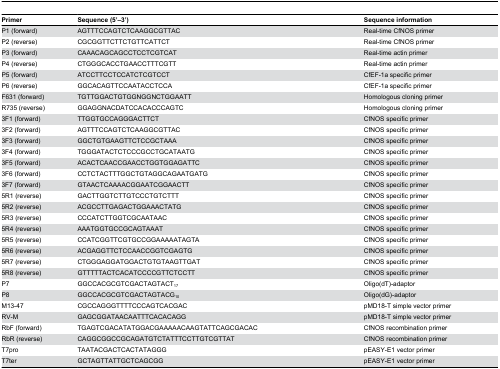
<table><thead><tr><td><b>Primer</b></td><td><b>Sequence (5’–3’)</b></td><td><b>Sequence information</b></td></tr></thead><tbody><tr><td>P1 (forward)</td><td>AGTTTCCAGTCTCAAGGCGTTAC</td><td>Real-time CfNOS primer</td></tr><tr><td>P2 (reverse)</td><td>CGCGGTTCTTCTGTTCATTCT</td><td>Real-time CfNOS primer</td></tr><tr><td>P3 (forward)</td><td>CAAACAGCAGCCTCCTCGTCAT</td><td>Real-time actin primer</td></tr><tr><td>P4 (reverse)</td><td>CTGGGCACCTGAACCTTTCGTT</td><td>Real-time actin primer</td></tr><tr><td>P5 (forward)</td><td>ATCCTTCCTCCATCTCGTCCT</td><td>CfEF-1a specific primer</td></tr><tr><td>P6 (reverse)</td><td>GGCACAGTTCCAATACCTCCA</td><td>CfEF-1a specific primer</td></tr><tr><td>F631 (forward)</td><td>TGTTGGACTGTGGNGGNCTGGAATT</td><td>Homologous cloning primer</td></tr><tr><td>R735 (reverse)</td><td>GGAGGNACDATCCACACCCAGTC</td><td>Homologous cloning primer</td></tr><tr><td>3F1 (forward)</td><td>TTGGTGCCAGGGACTTCT</td><td>CfNOS specific primer</td></tr><tr><td>3F2 (forward)</td><td>AGTTTCCAGTCTCAAGGCGTTAC</td><td>CfNOS specific primer</td></tr><tr><td>3F3 (forward)</td><td>GGCTGTGAAGTTCTCCGCTAAA</td><td>CfNOS specific primer</td></tr><tr><td>3F4 (forward)</td><td>TGGGATACTCTCCCGCCTGCATAATG</td><td>CfNOS specific primer</td></tr><tr><td>3F5 (forward)</td><td>ACACTCAACCGAACCTGGTGGAGATTC</td><td>CfNOS specific primer</td></tr><tr><td>3F6 (forward)</td><td>CCTCTACTTTGGCTGTAGGCAGAATGATG</td><td>CfNOS specific primer</td></tr><tr><td>3F7 (forward)</td><td>GTAACTCAAAACGGAATCGGAACTT</td><td>CfNOS specific primer</td></tr><tr><td>5R1 (reverse)</td><td>GACTTGGTCTTGTCCCTGTCTTT</td><td>CfNOS specific primer</td></tr><tr><td>5R2 (reverse)</td><td>ACGCCTTGAGACTGGAAACTATG</td><td>CfNOS specific primer</td></tr><tr><td>5R3 (reverse)</td><td>CCCATCTTGGTCGCAATAAC</td><td>CfNOS specific primer</td></tr><tr><td>5R4 (reverse)</td><td>AAATGGTGCCGCAGTAAAT</td><td>CfNOS specific primer</td></tr><tr><td>5R5 (reverse)</td><td>CCATCGGTTCGTGCCGGAAAAATAGTA</td><td>CfNOS specific primer</td></tr><tr><td>5R6 (reverse)</td><td>ACGAGGTTCTCCAACCGGTCGAGTG</td><td>CfNOS specific primer</td></tr><tr><td>5R7 (reverse)</td><td>CTGGGAGGATGGACTGTGTAAGTTGAT</td><td>CfNOS specific primer</td></tr><tr><td>5R8 (reverse)</td><td>GTTTTTACTCACATCCCCGTTCTCCTT</td><td>CfNOS specific primer</td></tr><tr><td>P7</td><td>GGCCACGCGTCGACTAGTACT<sub>17</sub></td><td>Oligo(dT)-adaptor</td></tr><tr><td>P8</td><td>GGCCACGCGTCGACTAGTACG<sub>10</sub></td><td>Oligo(dG)-adaptor</td></tr><tr><td>M13-47</td><td>CGCCAGGGTTTTCCCAGTCACGAC</td><td>pMD18-T simple vector primer</td></tr><tr><td>RV-M</td><td>GAGCGGATAACAATTTCACACAGG</td><td>pMD18-T simple vector primer</td></tr><tr><td>RbF (forward)</td><td>TGAGTCGACATATGGACGAAAAACAAGTATTCAGCGACAC</td><td>CfNOS recombination primer</td></tr><tr><td>RbR (reverse)</td><td>CAGGCGGCCGCAGATGTCTATTTCCTTGTCGTTAT</td><td>CfNOS recombination primer</td></tr><tr><td>T7pro</td><td>TAATACGACTCACTATAGGG</td><td>pEASY-E1 vector primer</td></tr><tr><td>T7ter</td><td>GCTAGTTATTGCTCAGCGG</td><td>pEASY-E1 vector primer</td></tr></tbody></table>